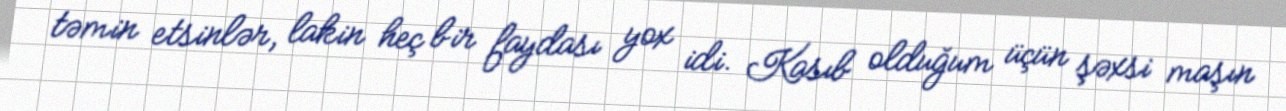
təmin etsinlər, lakin heç bir faydası yox idi. Kasıb olduğum üçün şəxsi maşın